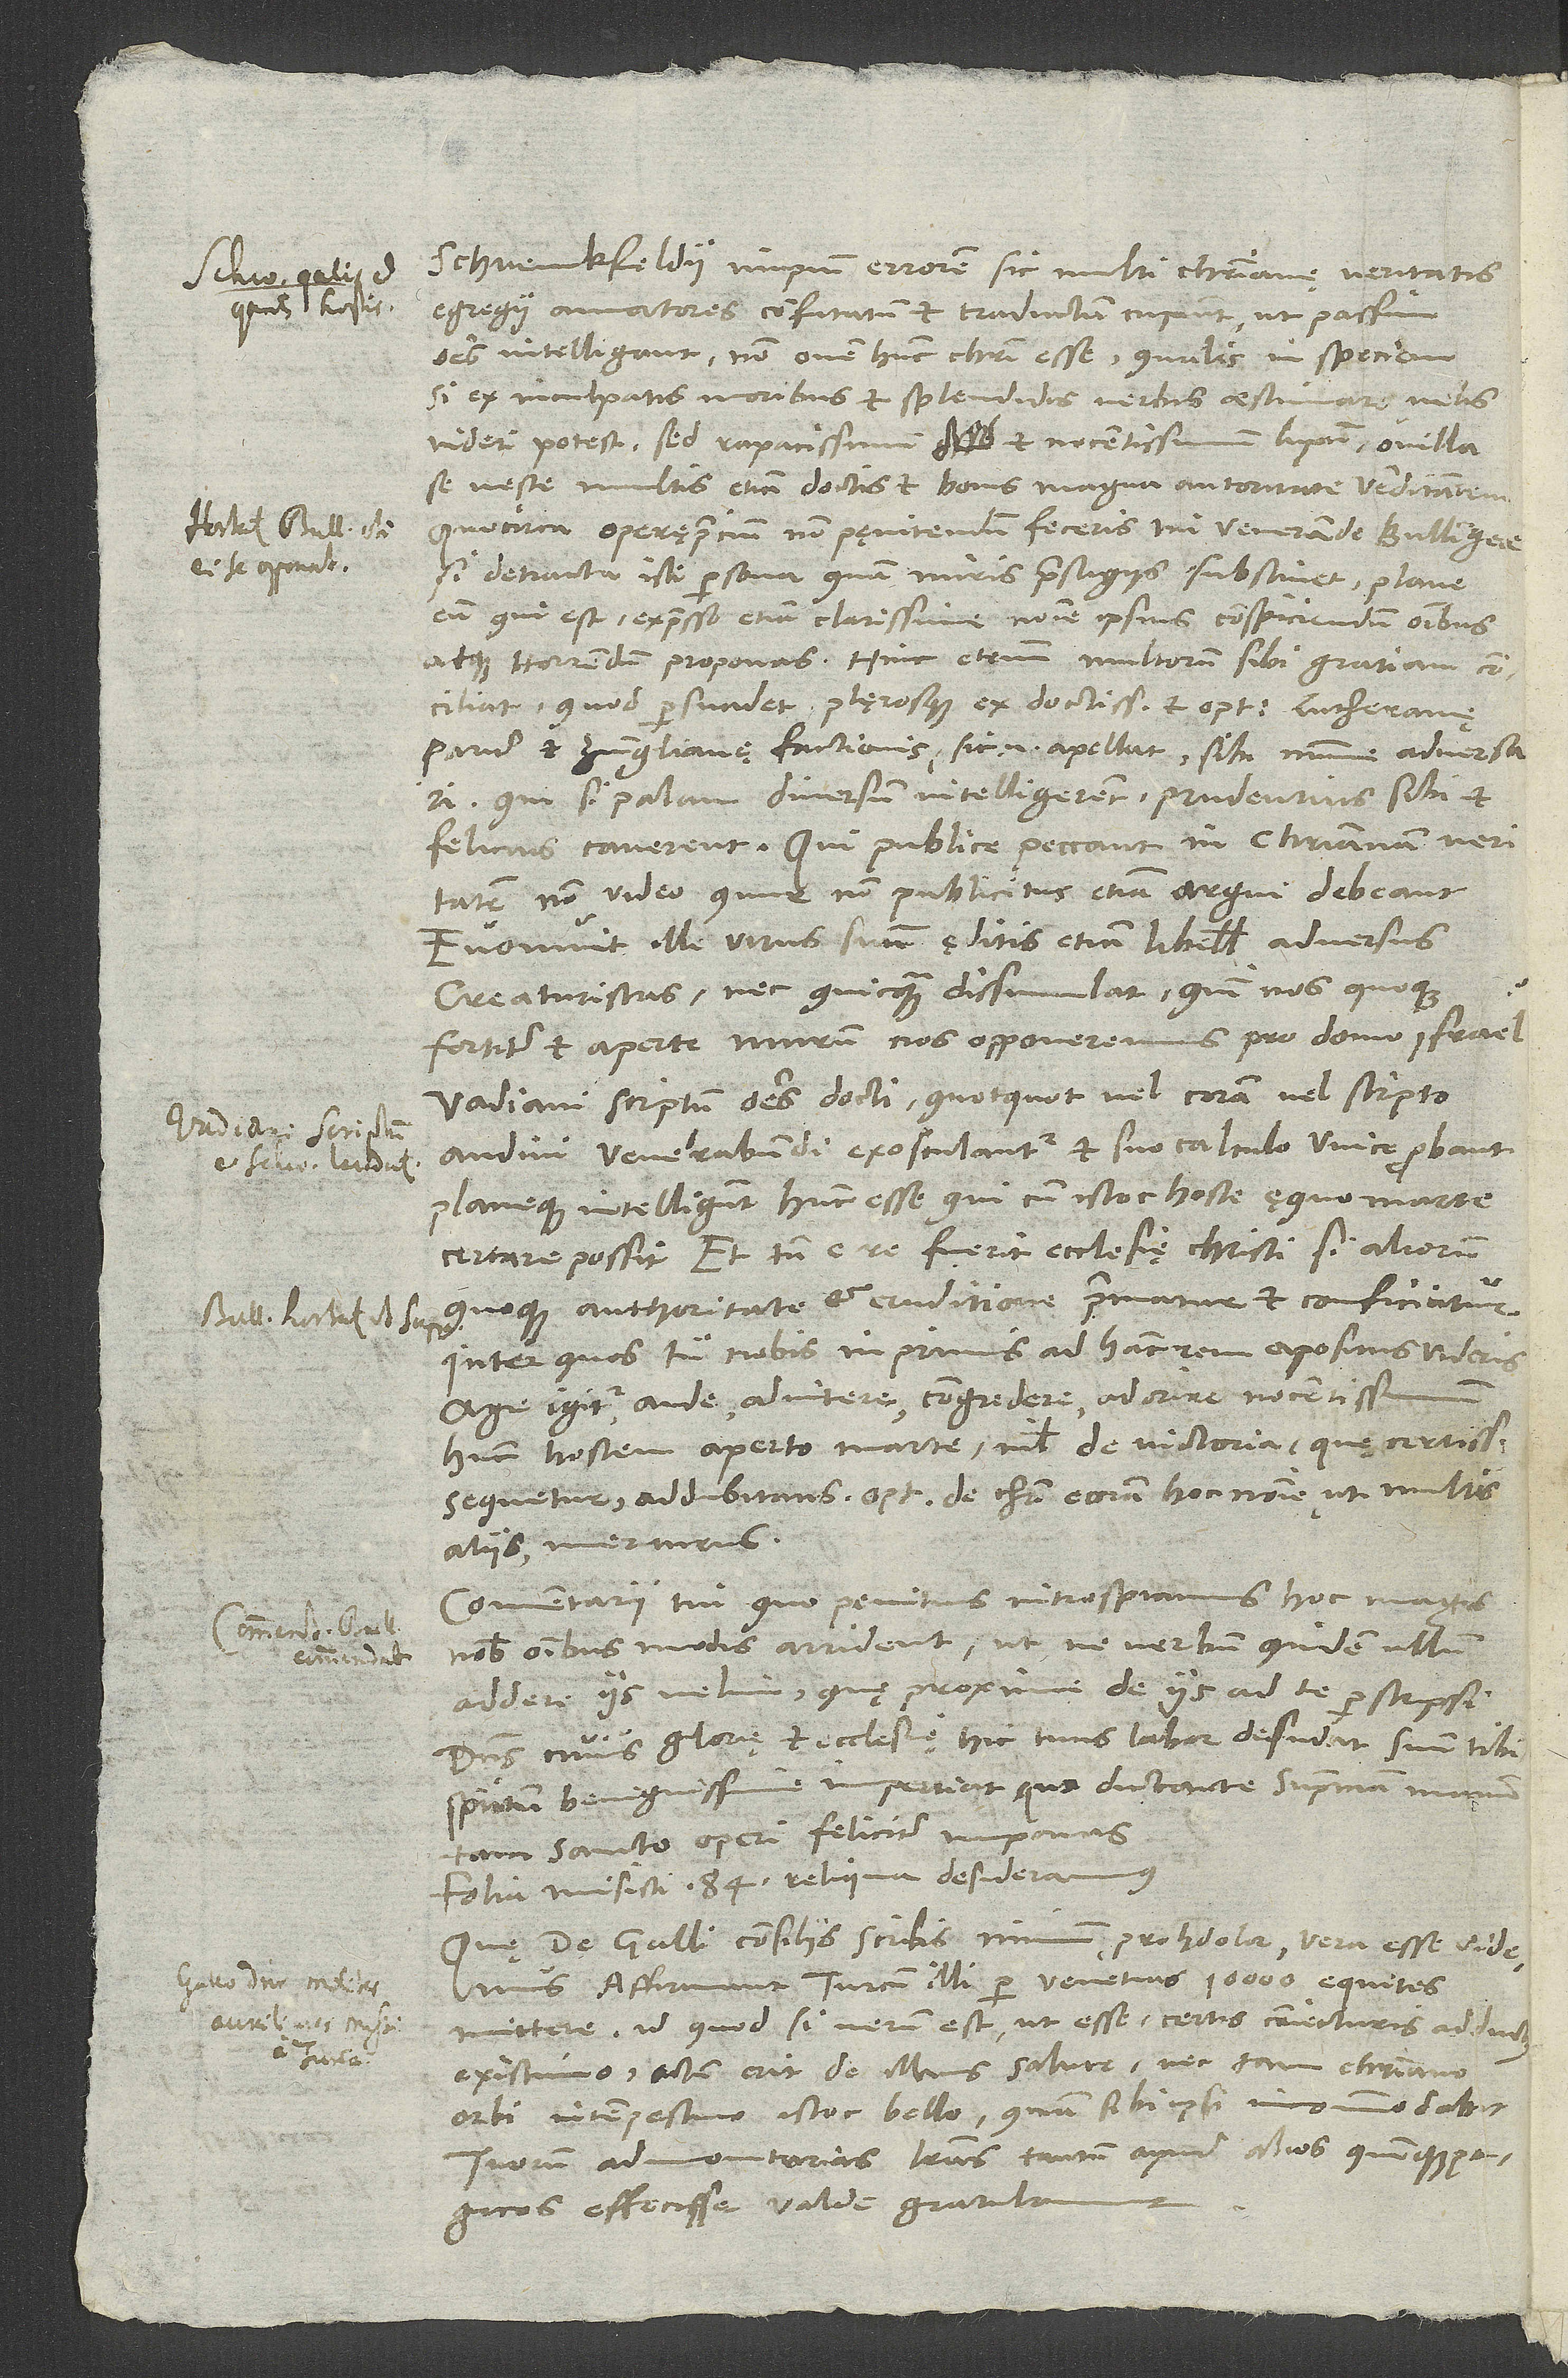
Schwenckfeldii impium errorem sic multi christianę veritatis
egregii amatores confutatum et traductum cupiunt, ut passim
omnes intelligant non ovem hunc Christi esse, qualis in speciem,
si ex inculpatis moribus et splendidis verbis aestimare velis,
videri potest, sed rapacissimum et nocentissimum lupum ovilla
se veste multis etiam doctis et bonis magna autoritate venditantem.
Quocirca operę precium non pęnitendum feceris, mi venerande Bullingere,
si detracta isti persona, quam miris praestigiis substinet, plane
eum, qui est, expresso etiam clarissime nomine ipsius conspiciendum omnibus
atque horrendum proponas. Hinc etenim multorum sibi gratiam
conciliat, quod persuadet plęrosque ex doctissimis et optimis Lutheranę
pariter et Zvinglianę factionis, sic enim apellat, sibi minime adversari;
qui si palam diversum intelligerent, prudentius sibi et
felicius caverent. Qui publice peccant in christianam veritatem,
non video, quur non publicitus etiam argui debeant.
Evomuit ille virus suum ęditis etiam libellis adversus
creaturistas nec quicquam dissimulat; quin nos quoque
fortiter et aperte murum nos opponeremus pro domo Israel?
Vadiani scriptum omnes docti, quotquot vel coram vel scripto
audivi, venerabundi exosculantur et suo calculo unice probant
planeque intelligunt hunc esse, qui cum istoc hoste ęquo Marte
certare possit, et tamen e re fuerit ecclesię Christi, si aliorum
quoque authoritate et eruditione prematur et conficiatur.
Inter quos tu nobis inprimis ad hanc rem apositus videris;
age igitur, aude, adnitere, congredere, adorire nocentissimum
hunc hostem aperto Marte nihil de victoria, quę certissima
sequetur, addubitans, optime de Christi ecclesia hoc nomine ut multis
aliis meriturus.
Commentarii tui, quo penitius introspicimus, hoc magis
nobis omnibus modis arrident, ut ne verbum quidem ullum
addere iis velim, quę proxime de iis ad te perscripsi.
Dominus, cuius glorię et ecclesię hic tuus labor desudat, suum tibi
spiritum benignissime impertiat, quo dictante supremam manum
tam sancto operi feliciter imponas.
Folia misisti 84; reliqua desideramus.
Quę de Galli consiliis scribis, nimium proh dolor vera esse videmus.
Affirmant Turcam illi per Venetias 10’000 equites
mittere; id quod si verum est, ut esse certis coniecturis adductus
existimo, actum erit de illius salute, nec tam christiano
orbi intempestivo istoc bello quam sibi ipsi incommodabit.
Tuorum admonitorias literas tantum apud alios Quinquepagicos
effecisse valde gratulamur.